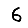
Digit: 6